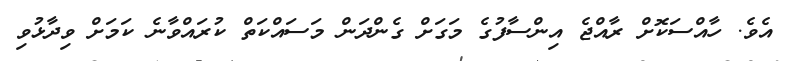
އެވެ. ހާއްސަކޮށް ރާއްޖެ އިންސާފުގެ މަގަށް ގެންދަން މަސައްކަތް ކުރައްވާނެ ކަމަށް ވިދާޅުވި